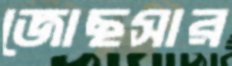
জোছসার